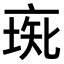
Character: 𠅰